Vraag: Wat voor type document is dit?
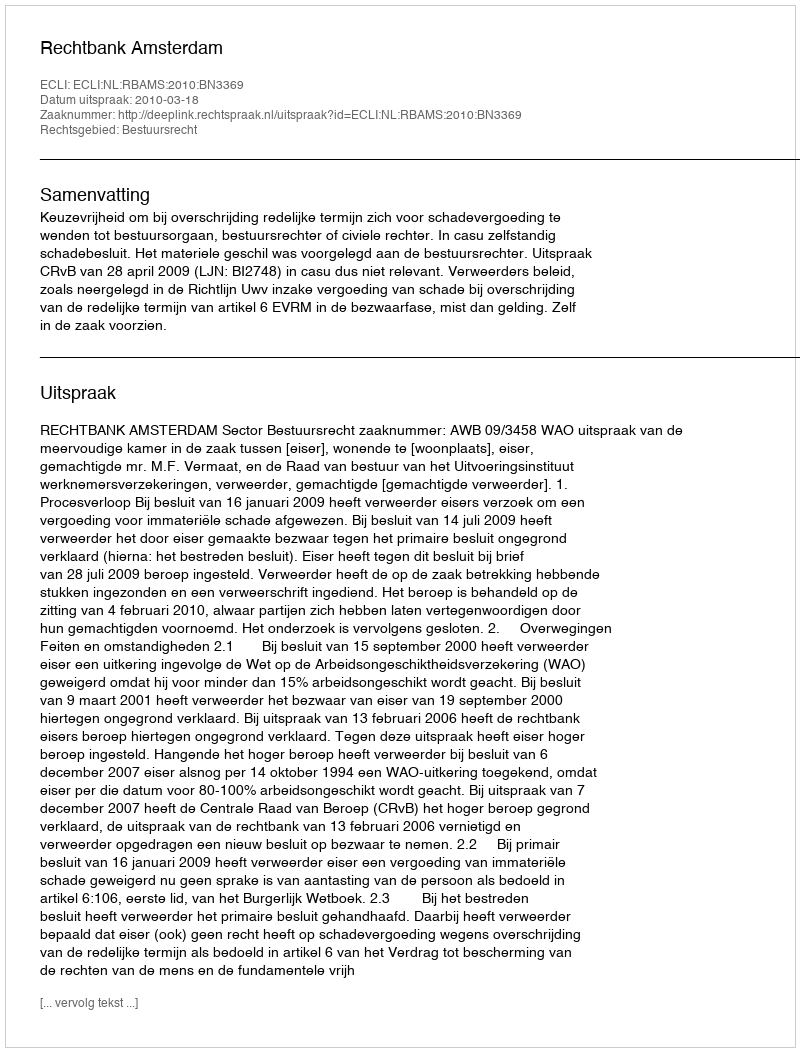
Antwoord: Uitspraak